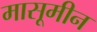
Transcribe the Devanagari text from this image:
मासूमीन